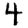
Digit: 4